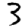
Digit: 3